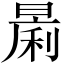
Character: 𱢟